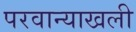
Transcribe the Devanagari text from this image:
परवान्याखली